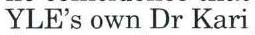
YLE's own Dr Kari